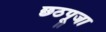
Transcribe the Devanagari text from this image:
छठपूजा